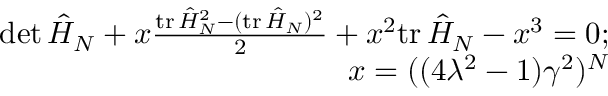
\begin{array} { r l r } & { } & { \operatorname* { d e t } \hat { H } _ { N } + x \frac { \mathrm { t r } \, \hat { H } _ { N } ^ { 2 } - ( \mathrm { t r } \, \hat { H } _ { N } ) ^ { 2 } } { 2 } + x ^ { 2 } \mathrm { t r } \, \hat { H } _ { N } - x ^ { 3 } = 0 ; } \\ & { } & { x = ( ( 4 \lambda ^ { 2 } - 1 ) \gamma ^ { 2 } ) ^ { N } } \end{array}